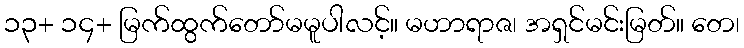
၁၃+ ၁၄+ မြက်ထွက်တော်မမူပါလင့်။ မဟာရာဇ၊ အရှင်မင်းမြတ်။ တေ၊